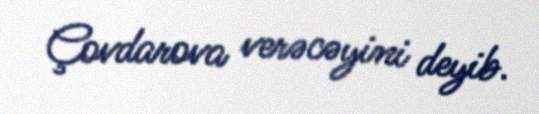
Çovdarova verəcəyini deyib.